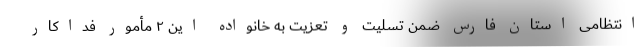
انتظامی استان فارس ضمن تسلیت و تعزیت به خانواده این ۲ مأمور فداکار